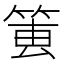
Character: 𥮔